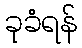
ခုခံရန်